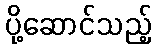
ပို့ဆောင်သည့်